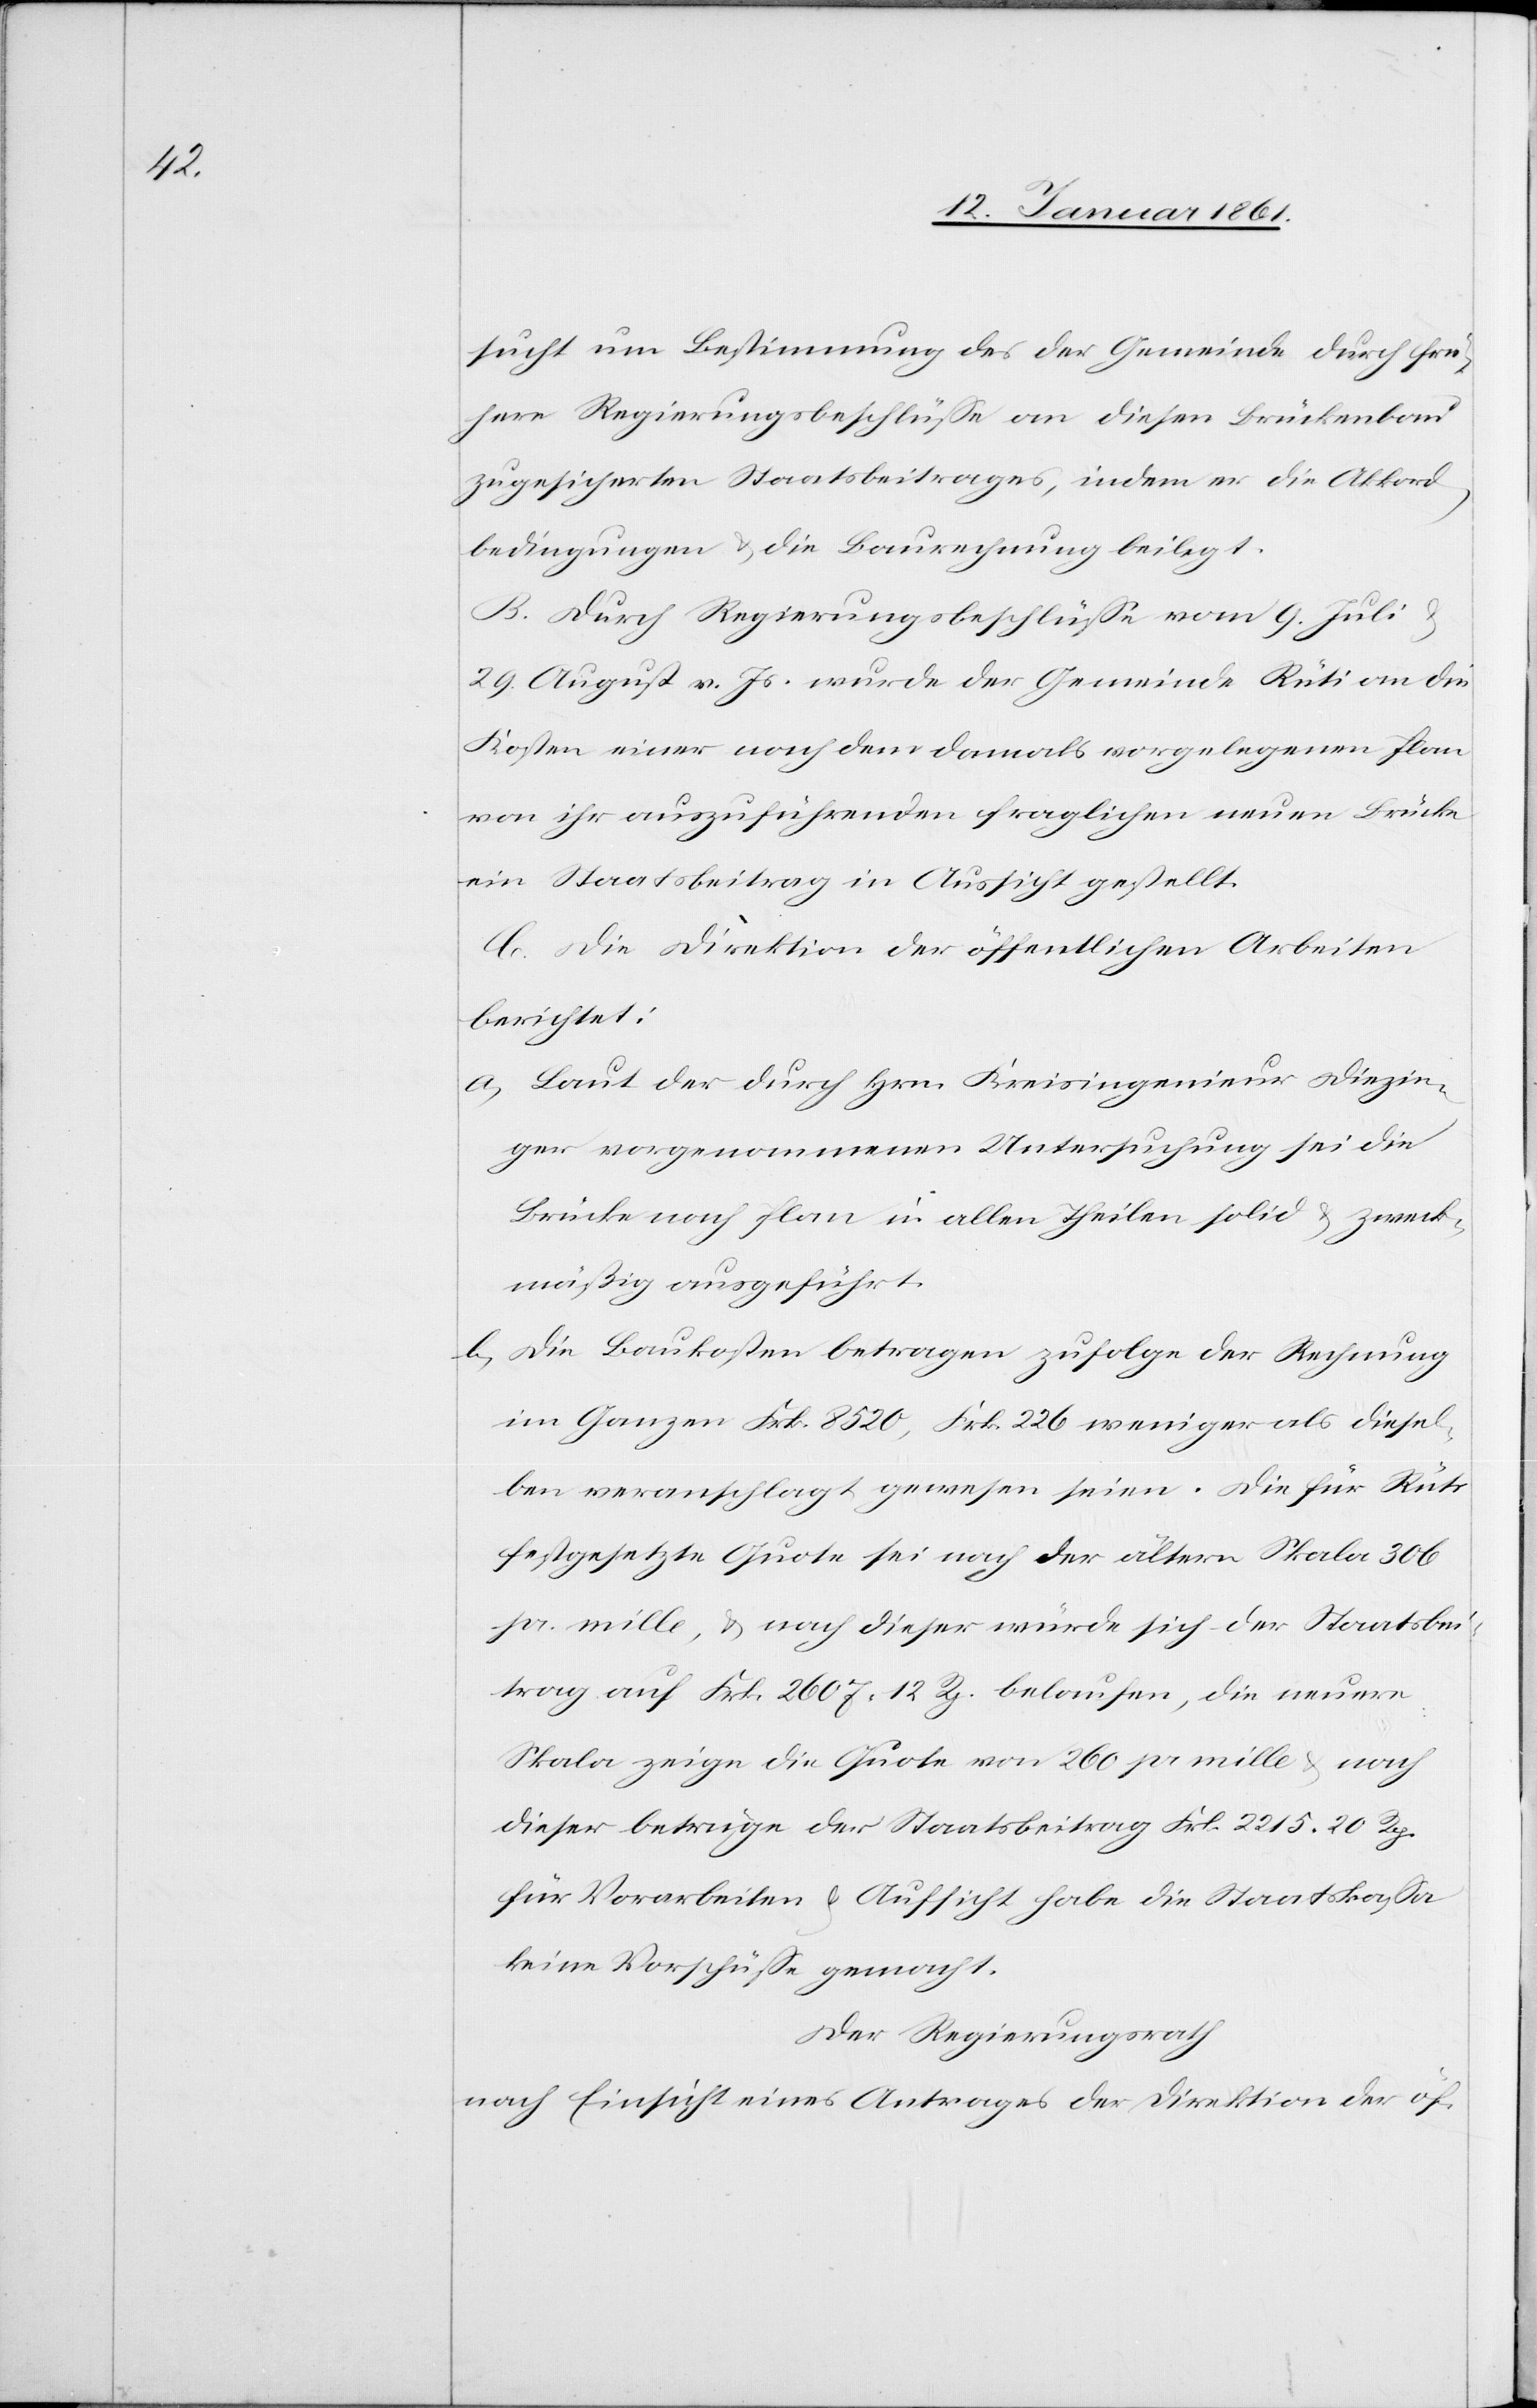
sucht um Bestimmung des der Gemeinde durch frü¬
here Regierungsbeschlüsse an diesen Brückenbau
zugesicherten Staatsbeitrages, indem er die Akkord¬
bedingungen u. die Baurechnung beilegt.
B. Durch Regierungsbeschlüsse vom 9. Juli
29. August v. Js. wurde der Gemeinde Rüti an die
Kosten einer nach dem damals vorgelegenen Plan
von ihr auszuführenden fraglichen neuen Brücke
ein Staatsbeitrag in Aussicht gestellt,
C. Die Direktion der öffentlichen Arbeiten
berichtet:
a) Laut der durch Hrn. Kreisingenieur Diezin¬
ger vorgenommenen Untersuchung sei die
Brücke nach Plan in allen Theilen solid u. zweck¬
mäßig ausgeführt.
b) Die Baukosten betragen zufolge der Rechnung
im Ganzen Frk. 8520, Frk. 226 weniger als diesel¬
ben veranschlagt gewesen seien. Die für Rüti
festgesetzte Quote sei nach der ältern Skala 306
pr. mille, u. nach dieser würde sich der Staatsbei¬
trag auf Frk. 2607. 12 Rp. belaufen, die neuere
Skala zeige die Quote von 260 pr. mille u. nach
dieser betrüge der Staatsbeitrag Frk. 2215. 20 Rp.
für Vorarbeiten u. Aufsicht habe die Staatskasse
keine Vorschüsse gemacht.
Der Regierungsrath
nach Einsicht eines Antrages der Direktion der öf-